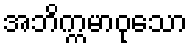
အဘိက္ကမာဝုသော